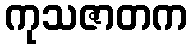
ကုသဇာတက